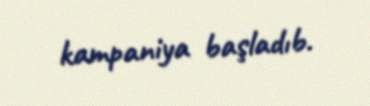
kampaniya başladıb.